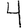
Digit: 4